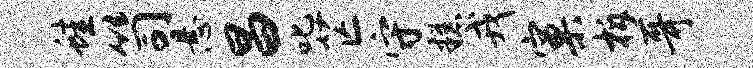
蛙笥悬昌叱芒守糕戎窠柝哥